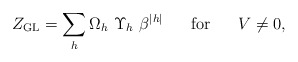
\begin{align*}Z_{\rm GL}=\sum_h \Omega_h~\Upsilon_h~\beta^{|h|} \;\;\;\;\;\;{\rm for}\;\;\;\;\;\;V \neq 0,\end{align*}